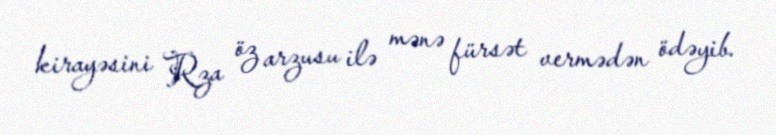
kirayəsini Rza öz arzusu ilə mənə fürsət vermədən ödəyib.